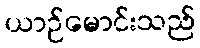
ယာဉ်မောင်းသည်